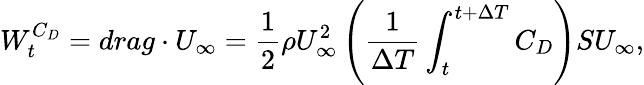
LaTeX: W_{t}^{C_{D}}=drag\cdot U_{\infty}=\frac{1}{2}\rho U_{\infty}^{2}\left(\frac{1}{\Delta T}\int_{t}^{t+\Delta T}C_{D}\right)SU_{\infty},